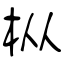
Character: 枞